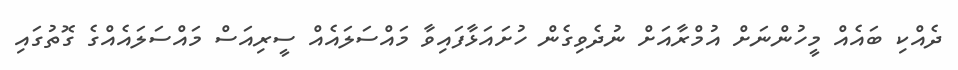
ދެއްކި ބައެއް މީހުންނަށް އުމްރާއަށް ނުދެވިގެން ހުށައަޅާފައިވާ މައްސަލައެއް ސީރިއަސް މައްސަލައެއްގެ ގޮތުގައި